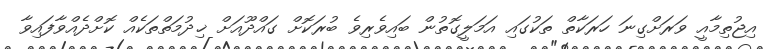
އިޖުތިމާއީ ވަރަށްގިނަ ހަރަކާތް ތަކުގައި އަމަލީގޮތުން ބައިވެރިވެ ބުރަކޮށް ގައްދޫއަށް ޚިދުމަތްތަކެއް ކޮށްދެއްވާފައިވާ